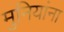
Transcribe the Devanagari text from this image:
मुनियांना